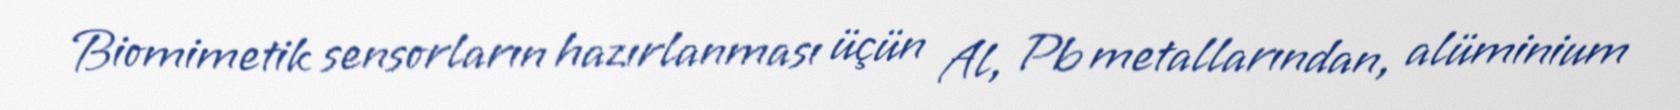
Biomimetik sensorların hazırlanması üçün Al, Pb metallarından, alüminium